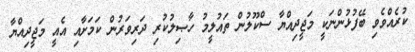
ކުރެއްވެވި ބޭފުޅުންނަކީ މަޖީދިއްޔާ ސްކޫލުން ތައުލީމު ހާޞިލުކުރި ދަރިވަރުން ކަމަށާއި އެއީ މަޖީދިއްޔާ